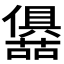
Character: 𭌛